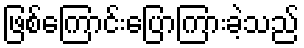
ဖြစ်ကြောင်းပြောကြားခဲ့သည်